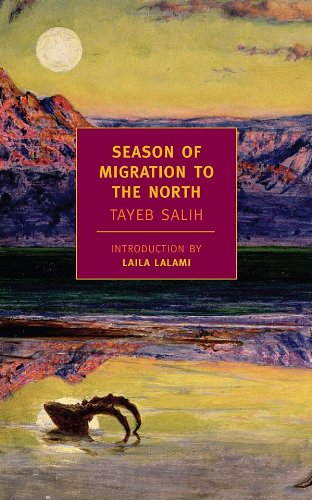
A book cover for Season of Migration to the North (New York Review Books Classics); Tayeb Salih; Literature & Fiction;